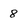
Character: 8